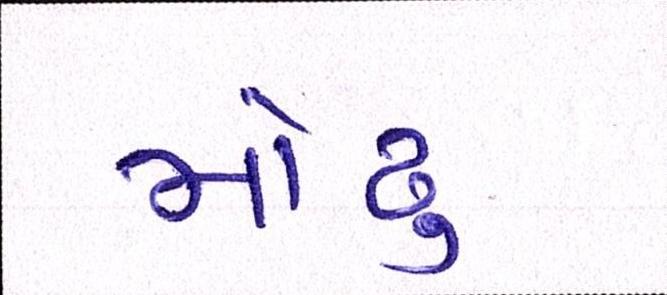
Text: મોઢુ